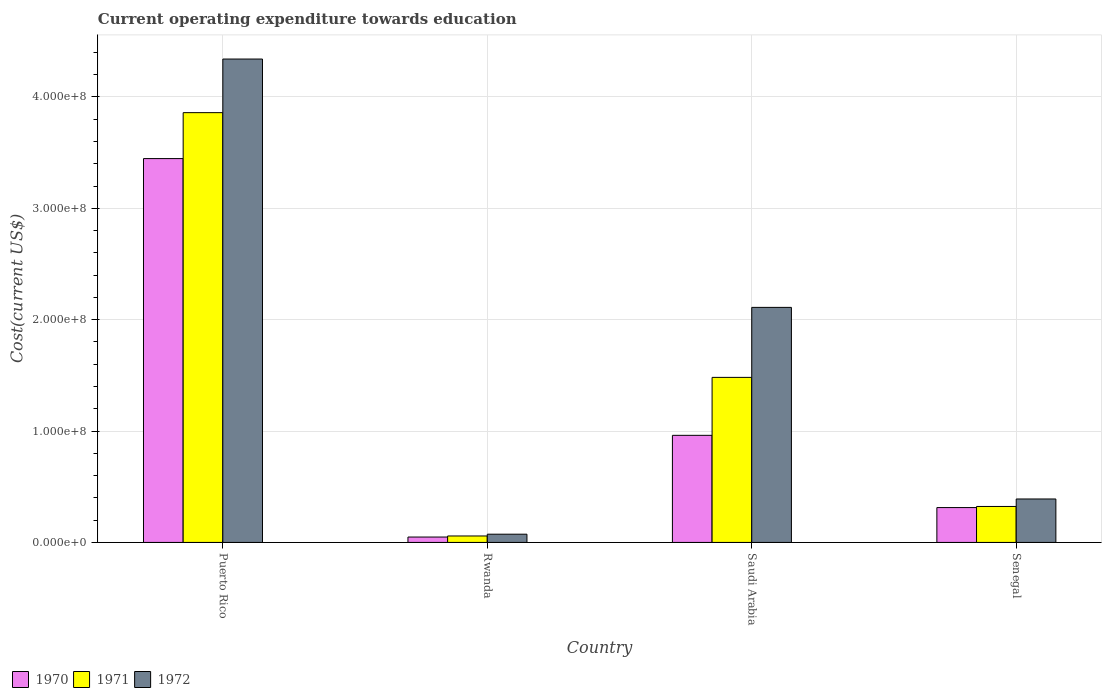
| Country | 1970 | 1971 | 1972 |
 | --- | --- | --- | --- |
 | Puerto Rico | 3.45e+08 | 3.86e+08 | 4.34e+08 |
 | Rwanda | 4.84e+06 | 5.8e+06 | 7.4e+06 |
 | Saudi Arabia | 9.62e+07 | 1.48e+08 | 2.11e+08 |
 | Senegal | 3.13e+07 | 3.23e+07 | 3.9e+07 |